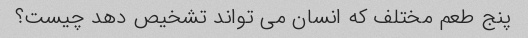
پنج طعم مختلف که انسان می تواند تشخیص دهد چیست؟